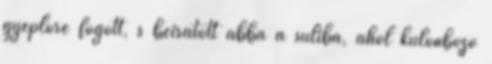
gyeplőre fogott, s beíratott abba a suliba, ahol különböző